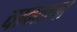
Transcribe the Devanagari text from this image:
चावताना